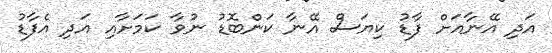
އަދި އޭނާއަށް ފާޑު ކިޔަސް އޭނާ ކަންބޮޑު ނުވާ ކަމަށާއި އަދި އެފާޑު